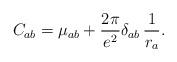
LaTeX: \begin{align*}C_{ab}=\mu_{ab}+\frac{2\pi}{e^2}\delta_{ab}\,\frac{1}{r_a}.\end{align*}